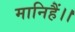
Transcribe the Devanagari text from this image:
मानिहैं।।